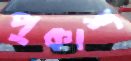
পুকাশ